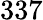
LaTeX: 337